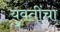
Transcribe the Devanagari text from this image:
युवतींचा